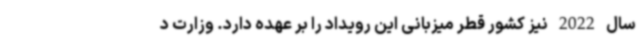
سال 2022 نیز کشور قطر میزبانی این رویداد را بر عهده دارد. وزارت د